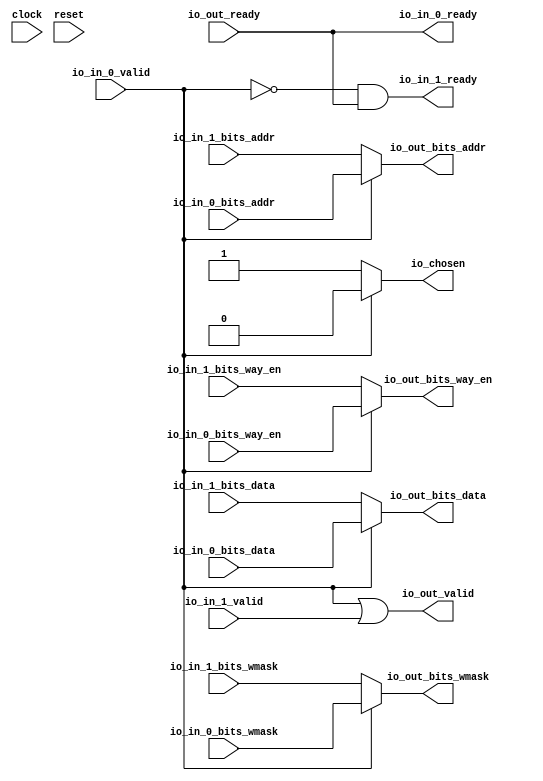
module Arbiter_7(
  input         clock,
  input         reset,
  output        io_in_0_ready,
  input         io_in_0_valid,
  input         io_in_0_bits_way_en,
  input  [11:0] io_in_0_bits_addr,
  input         io_in_0_bits_wmask,
  input  [63:0] io_in_0_bits_data,
  output        io_in_1_ready,
  input         io_in_1_valid,
  input         io_in_1_bits_way_en,
  input  [11:0] io_in_1_bits_addr,
  input         io_in_1_bits_wmask,
  input  [63:0] io_in_1_bits_data,
  input         io_out_ready,
  output        io_out_valid,
  output        io_out_bits_way_en,
  output [11:0] io_out_bits_addr,
  output        io_out_bits_wmask,
  output [63:0] io_out_bits_data,
  output        io_chosen
);
  wire  grant_1 = ~io_in_0_valid; // @[Arbiter.scala 31:78]
  assign io_in_0_ready = io_out_ready; // @[Arbiter.scala 134:19]
  assign io_in_1_ready = grant_1 & io_out_ready; // @[Arbiter.scala 134:19]
  assign io_out_valid = ~grant_1 | io_in_1_valid; // @[Arbiter.scala 135:31]
  assign io_out_bits_way_en = io_in_0_valid ? io_in_0_bits_way_en : io_in_1_bits_way_en; // @[Arbiter.scala 126:27 Arbiter.scala 128:19 Arbiter.scala 124:15]
  assign io_out_bits_addr = io_in_0_valid ? io_in_0_bits_addr : io_in_1_bits_addr; // @[Arbiter.scala 126:27 Arbiter.scala 128:19 Arbiter.scala 124:15]
  assign io_out_bits_wmask = io_in_0_valid ? io_in_0_bits_wmask : io_in_1_bits_wmask; // @[Arbiter.scala 126:27 Arbiter.scala 128:19 Arbiter.scala 124:15]
  assign io_out_bits_data = io_in_0_valid ? io_in_0_bits_data : io_in_1_bits_data; // @[Arbiter.scala 126:27 Arbiter.scala 128:19 Arbiter.scala 124:15]
  assign io_chosen = io_in_0_valid ? 1'h0 : 1'h1; // @[Arbiter.scala 126:27 Arbiter.scala 127:17 Arbiter.scala 123:13]
endmodule